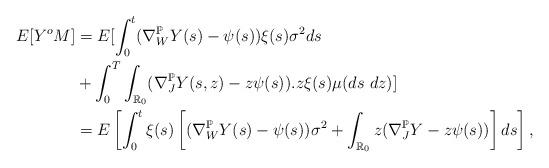
LaTeX: \begin{align*} E[Y^o M] &=E[\int_0^t(\nabla_W^{\mathbb{P}} Y(s) - \psi(s))\xi(s) \sigma^2 ds\\&+\int_0^T\int_{\mathbb{R}_0} (\nabla_J^{\mathbb{P}} Y(s,z) - z \psi(s)).z \xi(s)\mu(ds\ dz)]\\& = E\left[\int_0^t \xi(s) \left[ (\nabla_W^{\mathbb{P}} Y(s)-\psi(s)) \sigma^2 +\int_{\mathbb{R}_0} z (\nabla_J^{\mathbb{P}} Y - z \psi(s)) \right] ds\right],\end{align*}